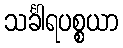
သင်္ခါရပစ္စယာ